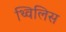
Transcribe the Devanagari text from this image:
थ्‍विलिस